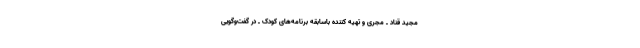
مجید قناد ـ مجری و تهیه کننده باسابقه برنامه‌های کودک ـ در گفت‌وگویی